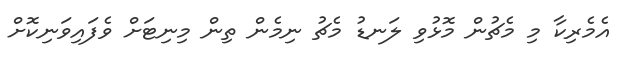
އެމެރިކާ މި މެޗުން މޮޅުވި ލަނޑު މެޗު ނިމެން ތިން މިނިޓަށް ވެފައިވަނިކޮށް